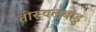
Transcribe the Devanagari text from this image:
तीरूवलबाडु